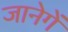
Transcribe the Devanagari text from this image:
जानेगें